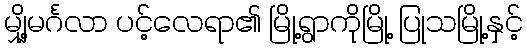
မျှို့မင်္ဂလာ ပင့်လေရာ၏ မြို့ရွာကိုမြို့ ပြုသမြို့နှင့်